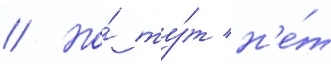
// Но́ ту́т н'е́т